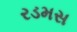
રડમસ